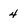
Character: 4